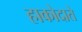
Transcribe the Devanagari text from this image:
हाकोदाते